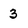
Character: 3